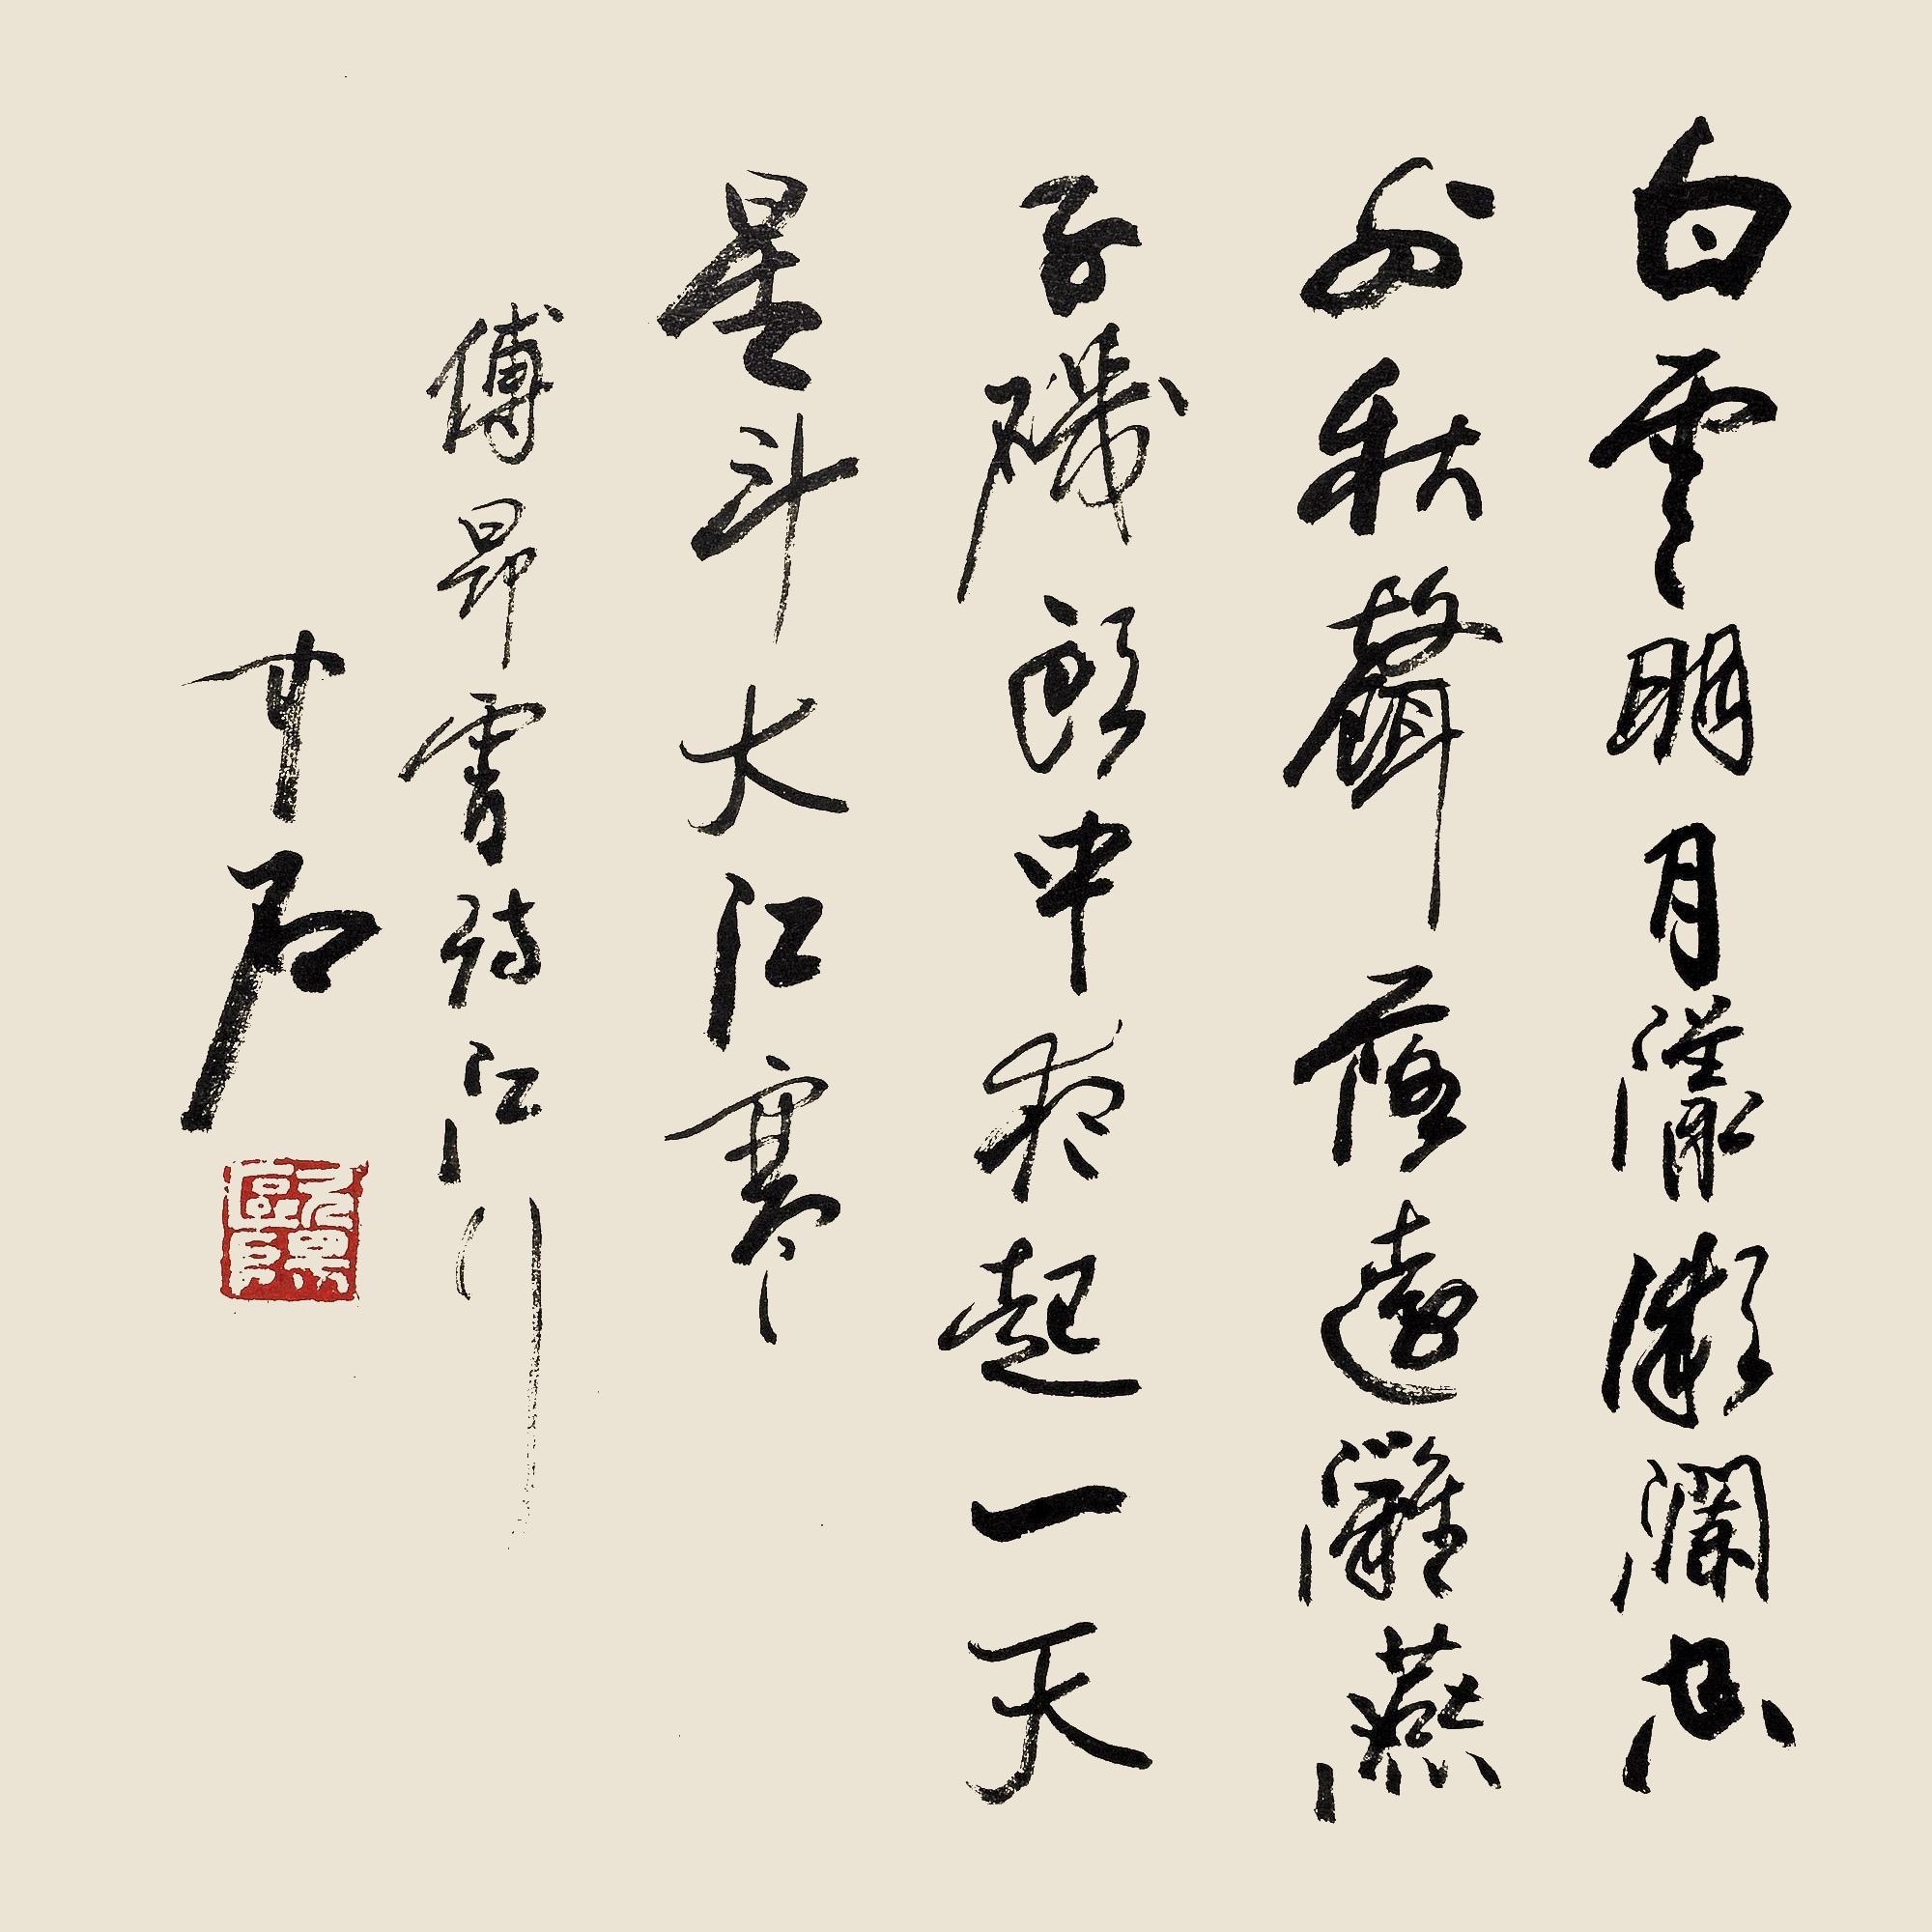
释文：白云明月漾微澜，空外秋声落远滩。燕子矶头中夜起，一天星斗大江寒。傅昂霄诗《江行》。中石。